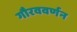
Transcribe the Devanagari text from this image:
गौरववर्णन